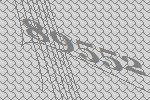
89552